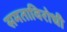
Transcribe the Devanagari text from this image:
समताविरोधी